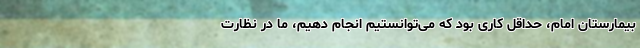
بیمارستان امام، حداقل کاری بود که می‌توانستیم انجام دهیم، ما در نظارت